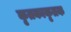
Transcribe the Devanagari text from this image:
कृतकाकृतक